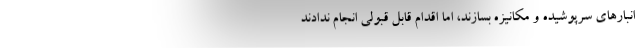
انبارهای سرپوشیده و مکانیزه بسازند، اما اقدام قابل قبولی انجام ندادند